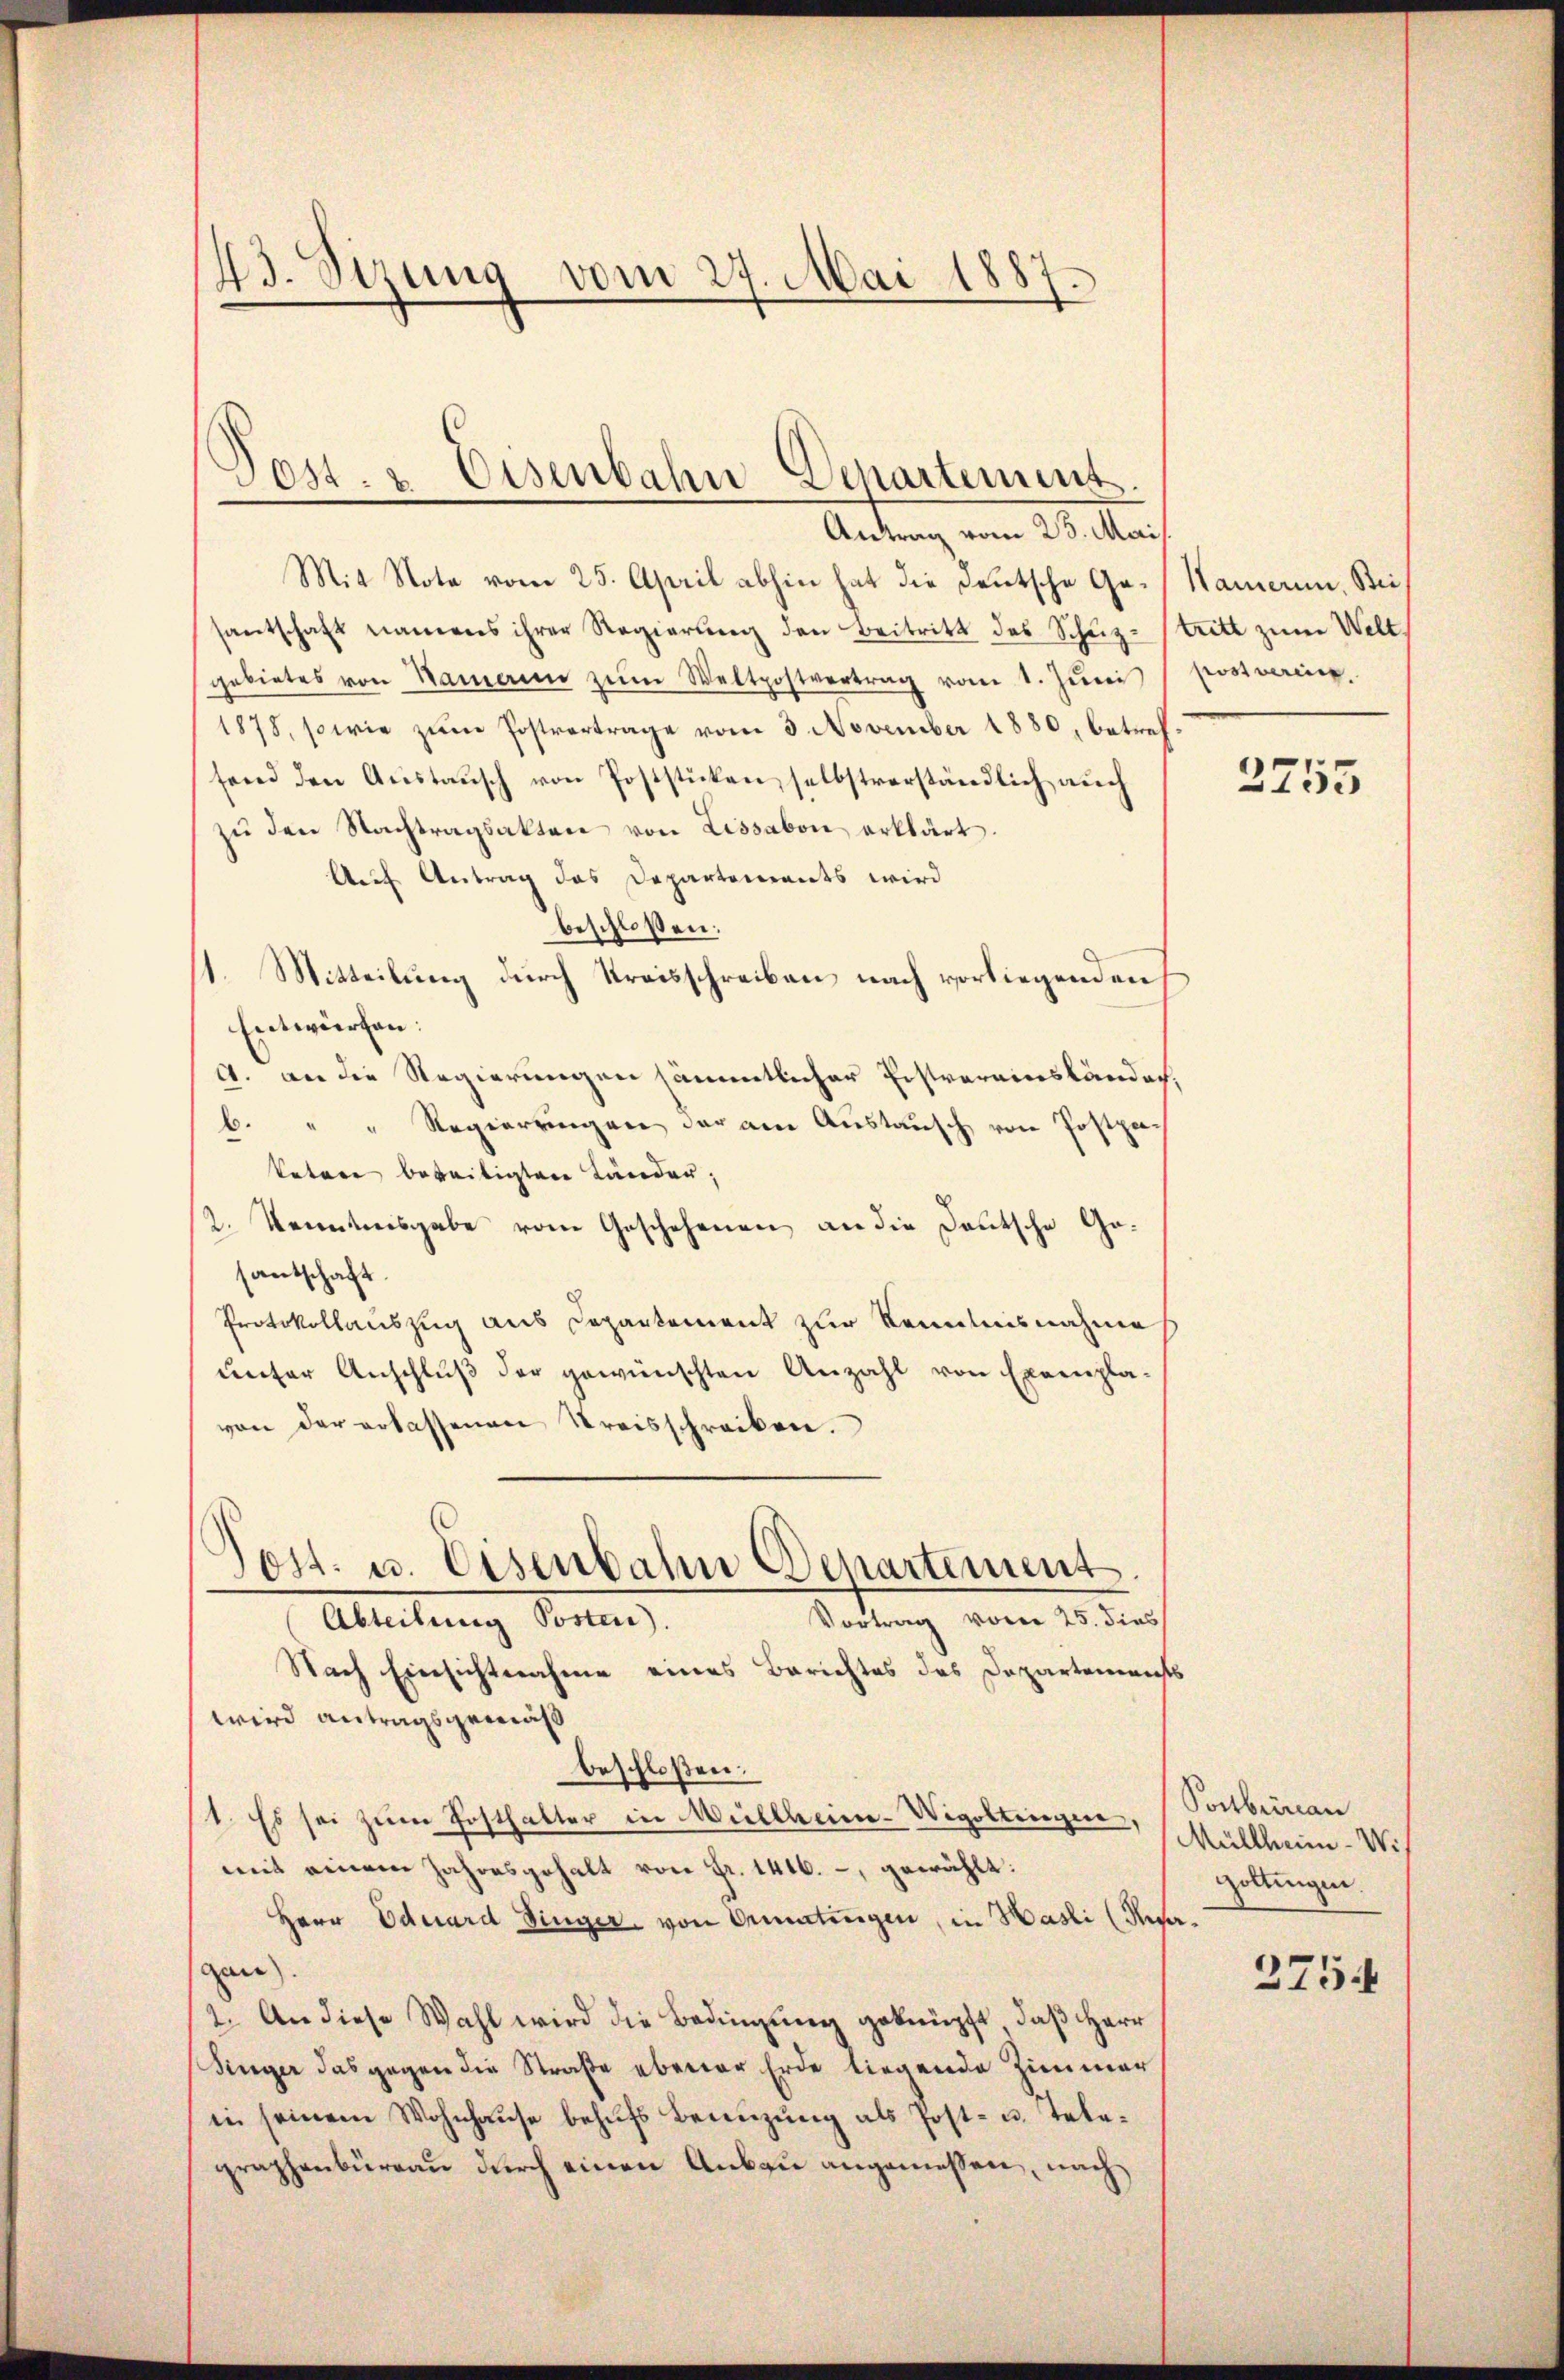
43. Sizung vom 27. Mai 1887.

Mit Note vom 25. April abhin hat die deutsche Gesantschaft namens ihrer Regierŭng den Beitritt des Schŭz-Stritt zŭm Welt.
gebietes von Namen zŭm Weltpostvertrag vom 1. Jŭni
1878, sowie zŭm Postvertrage vom 3. November 1880, betref
send den Aŭstaŭsch von Poststücken selbstverständlich auch
zŭ den Nachtragsakten von Lissabon erklärt.
Auf Antrag das Departements wird
beschloßen:
11. Mitteilung durch Kreisschreiben nach vorliegenden
Entwürfen:
A. an die Regierungen sämmtlicher Erstvereinsländer,
b. " " Regierungen der am Austausch von Postpach
Vetere bereitigten Länder,
2. Kenntnisgabe vom Geschehenen an die Deutsche Gesantschaft.
Protokollauszug aus Departement zur Kenntnisnahme
unter Anschluß der gewünschten Anzahl von Exemplavon der erlassenen Kreisschreiben.
Post. u. Eisenbahn Departement.
Vortrag vom 25. dies
Abteilung Sonnen
Nach Einsichtnahme eines Berichtes des Departement
wird antragsgemäß
beschloßen:
(1. Es sei zum Posthalter in Müllheim-Wigolteigen,
mit einem Jahresgehalt von Fr. 1416., gewählt:
Herr Eduard Dinger, von Oeratungen, in Hasli (Ref.
gan.
2. An diese Wahl wird die Bedingung geknüpft, daß Herr
Singer das gegen die Straße ebener Erde liegende Zimmer
in seinem Wohnhause behŭfs Benuzung als Post- u. Telegraphenbüreau durch einen Anbau angemessen, nach

Post u. Eisenbahn Departement.
Antrag vom 23. Mai

Hamerin, Bei
post verein

2755

Postbrirau
Müllheim - Wi
Goltingen.
a
2754